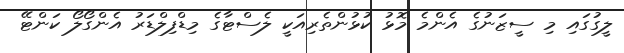
ލީގުގައި މި ސީޒަނުގެ އެންމެ މޮޅު ކުޅުންތެރިއަކީ ލެސްޓާގެ މިޑްފިލްޑަރު އެންގޯލޯ ކަންޓޭ